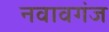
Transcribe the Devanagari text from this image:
नवावगंज